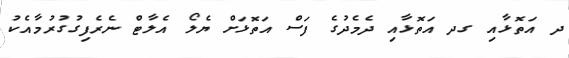
ދ އަތޮޅާއި ގދ އަތޮޅާއި ދެމެދުގެ ފަސް އަތޮޅަށް ޔެލޯ އެލާޓް ނެރެފިގުގުރުމާއެކު